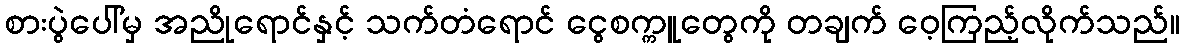
စားပွဲပေါ်မှ အညိုရောင်နှင့် သက်တံရောင် ငွေစက္ကူတွေကို တချက် ဝေ့ကြည့်လိုက်သည်။